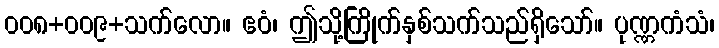
၀၀၈+၀၀၉+သက်လော။ ဧဝံ၊ ဤသို့ကြိုက်နှစ်သက်သည်ရှိသော်။ ပုဏ္ဏကံသံ၊